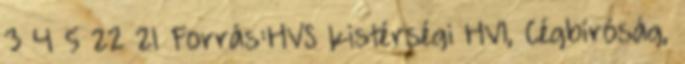
3 4 5 22 21 Forrás:HVS kistérségi HVI, Cégbíróság,